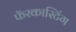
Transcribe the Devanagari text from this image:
फॅरकास्टिंग